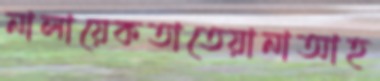
নালায়েকতাতেয়ানাআহ